Report on vaccination in the Province of Bengal - 1874-1889
Year: 1874
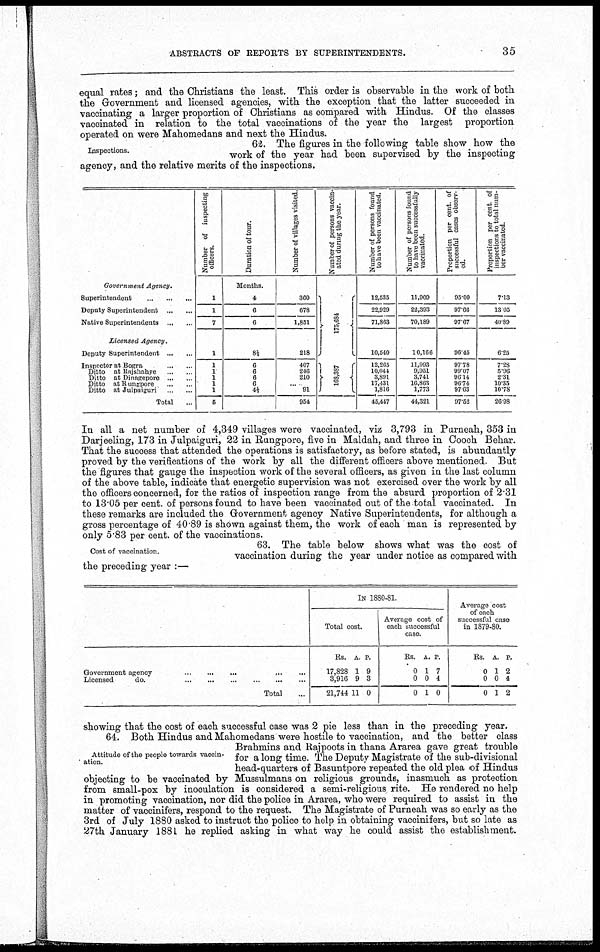
ABSTRACTS OF REPORTS BY SUPERINTENDENTS.
35
equal rates; and the Christians the least. This order is observable in the work of both
the Government and licensed agencies, with the exception that the latter succeeded in
vaccinating a larger proportion of Christians as compared with Hindus. Of the classes
vaccinated in relation to the total vaccinations of the year the largest proportion
operated on were Mahomedans and next the Hindus.
Inspections.
62. The figures in the following table show how the
work of the year had been supervised by the inspecting
agency, and the relative merits of the inspections.
Government Agency.
Superintendent...
...
...
Deputy Superintendent... ... ...
Native Superintendents... ... ...
Licensed Agency.
Deputy Superintendent... ... ...
Inspector at Bogra... ...
Ditto at Rajshahye... ... ...
Ditto at Dinagepore...
...
Ditto at Rungpore... ... ...
Ditto at Julparguri... ... ...
Total...
Number of inspecting
officers.
1
1
7
1
1
1
1
1
1
5
Duration of tour.
Months.
4
6
6
8½
6
6
6
6
4½
...
Number of villages visited.
360
678
1,851
218
407
246
210
...
91
954
Number of persons vaccin-
ated during the year.
175,684
168,387
...
Number of persons found
to have been vaccinated.
12,535
22,929
71,863
10,540
12,265
10,044
3,891
17,431
1,816
45,447
Number of persons found
to have been successfully
vaccinated.
11,909
22,393
70,189
10,166
11,993
9,951
3,741
16,863
1,773
44,321
Proportion per cent of
successful cases observ-
ed.
95.00
97.66
97.67
96.45
97.78
99.07
96.14
96.74
97.63
97.52
Proportion per cent of
inspections to total num-
ber vaccinated.
7.13
13.05
40.89
6.25
7.28
5.96
2.31
10.35
10.78
26.98
In all a net number of 4,349 villages were vaccinated, viz 3,793 in Purneah, 353 in
Darjeeling, 173 in Julpaiguri, 22 in Rungpore, five in Maldah, and three in Cooch Behar.
That the success that attended the operations is satisfactory, as before stated, is abundantly
proved by the verifications of the work by all the different officers above mentioned. But
the figures that gauge the inspection work of the several officers, as given in the last column
of the above table, indicate that energetic supervision was not exercised over the work by all
the officers concerned, for the ratios of inspection range from the absurd proportion of 2.31
to 13.05 per cent. of persons found to have been vaccinated out of the total vaccinated. In
these remarks are included the Government agency Native Superintendents, for although a
gross percentage of 40.89 is shown against them, the work of each man is represented by
only 5.83 per cent. of the vaccinations.
Cost of vaccination.
63. The table below shows what was the cost of
vaccination during the year under notice as compared with
the preceding year :—
Government
agency...
...
...
...
Licensed
do.
...
...
...
...
Total...
IN 1880-81.
Total cost.
Rs.
17,828
3,916
21,744
A.
1
9
11
P.
9
3
0
Average cost of
each successful
case.
Rs.
0
0
0
A.
1
0
1
P.
7
4
0
Average cost
of each
successful case
in 1879-80.
Rs.
0
0
0
A.
1
0
1
P.
2
4
2
showing that the cost of each successful case was 2 pie less than in the preceding year.
Attitude of the people towards vaccin-
ation.
64. Both Hindus and Mahomedans were hostile to vaccination, and the better class
Brahmins and Rajpoots in thana Ararea gave great trouble
for a long time. The Deputy Magistrate of the sub-divisional
head-quarters of Basuntpore repeated the old plea of Hindus
objecting to be vaccinated by Mussulmans on religious grounds, inasmuch as protection
from small-pox by inoculation is considered a semi-religious rite. He rendered no help
in promoting vaccination, nor did the police in Ararea, who were required to assist in the
matter of vaccinifers, respond to the request. The Magistrate of Purneah was so early as the
3rd of July 1880 asked to instruct the police to help in obtaining vaccinifers, but so late as
27th January 1881 he replied asking in what way he could assist the establishment.